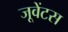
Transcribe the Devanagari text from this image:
जूवेंटस